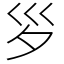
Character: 𡿪